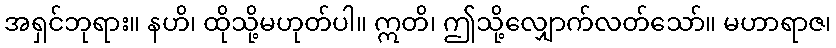
အရှင်ဘုရား။ နဟိ၊ ထိုသို့မဟုတ်ပါ။ ဣတိ၊ ဤသို့လျှောက်လတ်သော်။ မဟာရာဇ၊